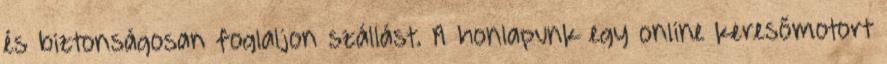
és biztonságosan foglaljon szállást. A honlapunk egy online keresőmotort